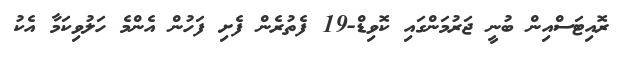
ރޮއިޓަސްއިން ބުނީ ޖަރުމަންގައި ކޮވިޑް-19 ފެތުރެން ފެށި ފަހުން އެންމެ ހަލުވިކަމާ އެކު